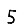
Digit: 5